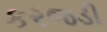
કરજડી